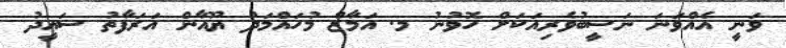
ވަނީ އެއްވަނަ ނަސީބުވެރިއަކަށް ހޮވުނު މ. އަމާޒް މުހައްމަދު ޔޫއާން އަރަފާތު ސައީދު